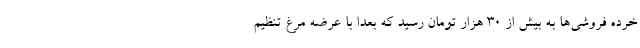
خرده فروشی‌ها به بیش از ۳۰ هزار تومان رسید که بعدا با عرضه مرغ تنظیم